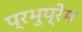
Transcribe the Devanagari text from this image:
प्रभुप्रेम